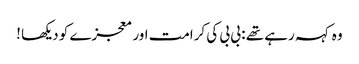
وہ کہہ رہے تھے : بی بی کی کرامت اور معجزے کو دیکھا !